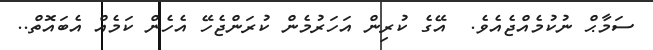
ސަމާޙް ނުކުމެއްޖެއެވެ.  އޭގެ ކުރިން އަހަރުމެން ކުރަންޖެހޭ އެހެން ކަމެއް އެބައޮތް..